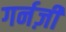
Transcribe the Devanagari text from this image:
गर्नज़ी